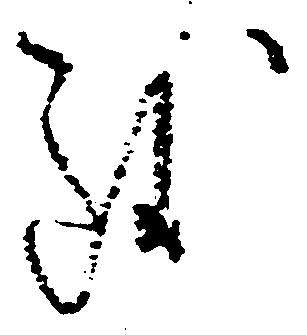
致